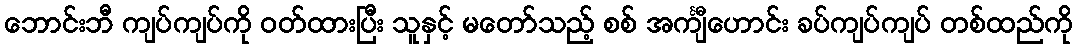
ဘောင်းဘီ ကျပ်ကျပ်ကို ဝတ်ထားပြီး သူနှင့် မတော်သည့် စစ် အင်္ကျီဟောင်း ခပ်ကျပ်ကျပ် တစ်ထည်ကို